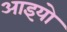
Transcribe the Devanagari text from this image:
आइयो